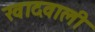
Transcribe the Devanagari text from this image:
खादवाली